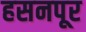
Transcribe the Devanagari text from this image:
हसनपूर